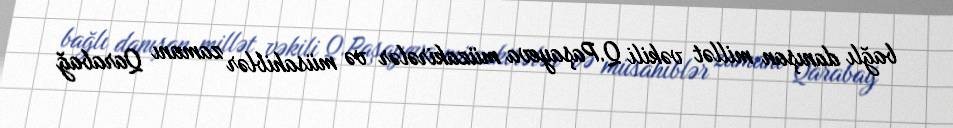
bağlı danışan millət vəkili Q.Paşayeva müzakirələr və müsahiblər zamanı Qarabağ